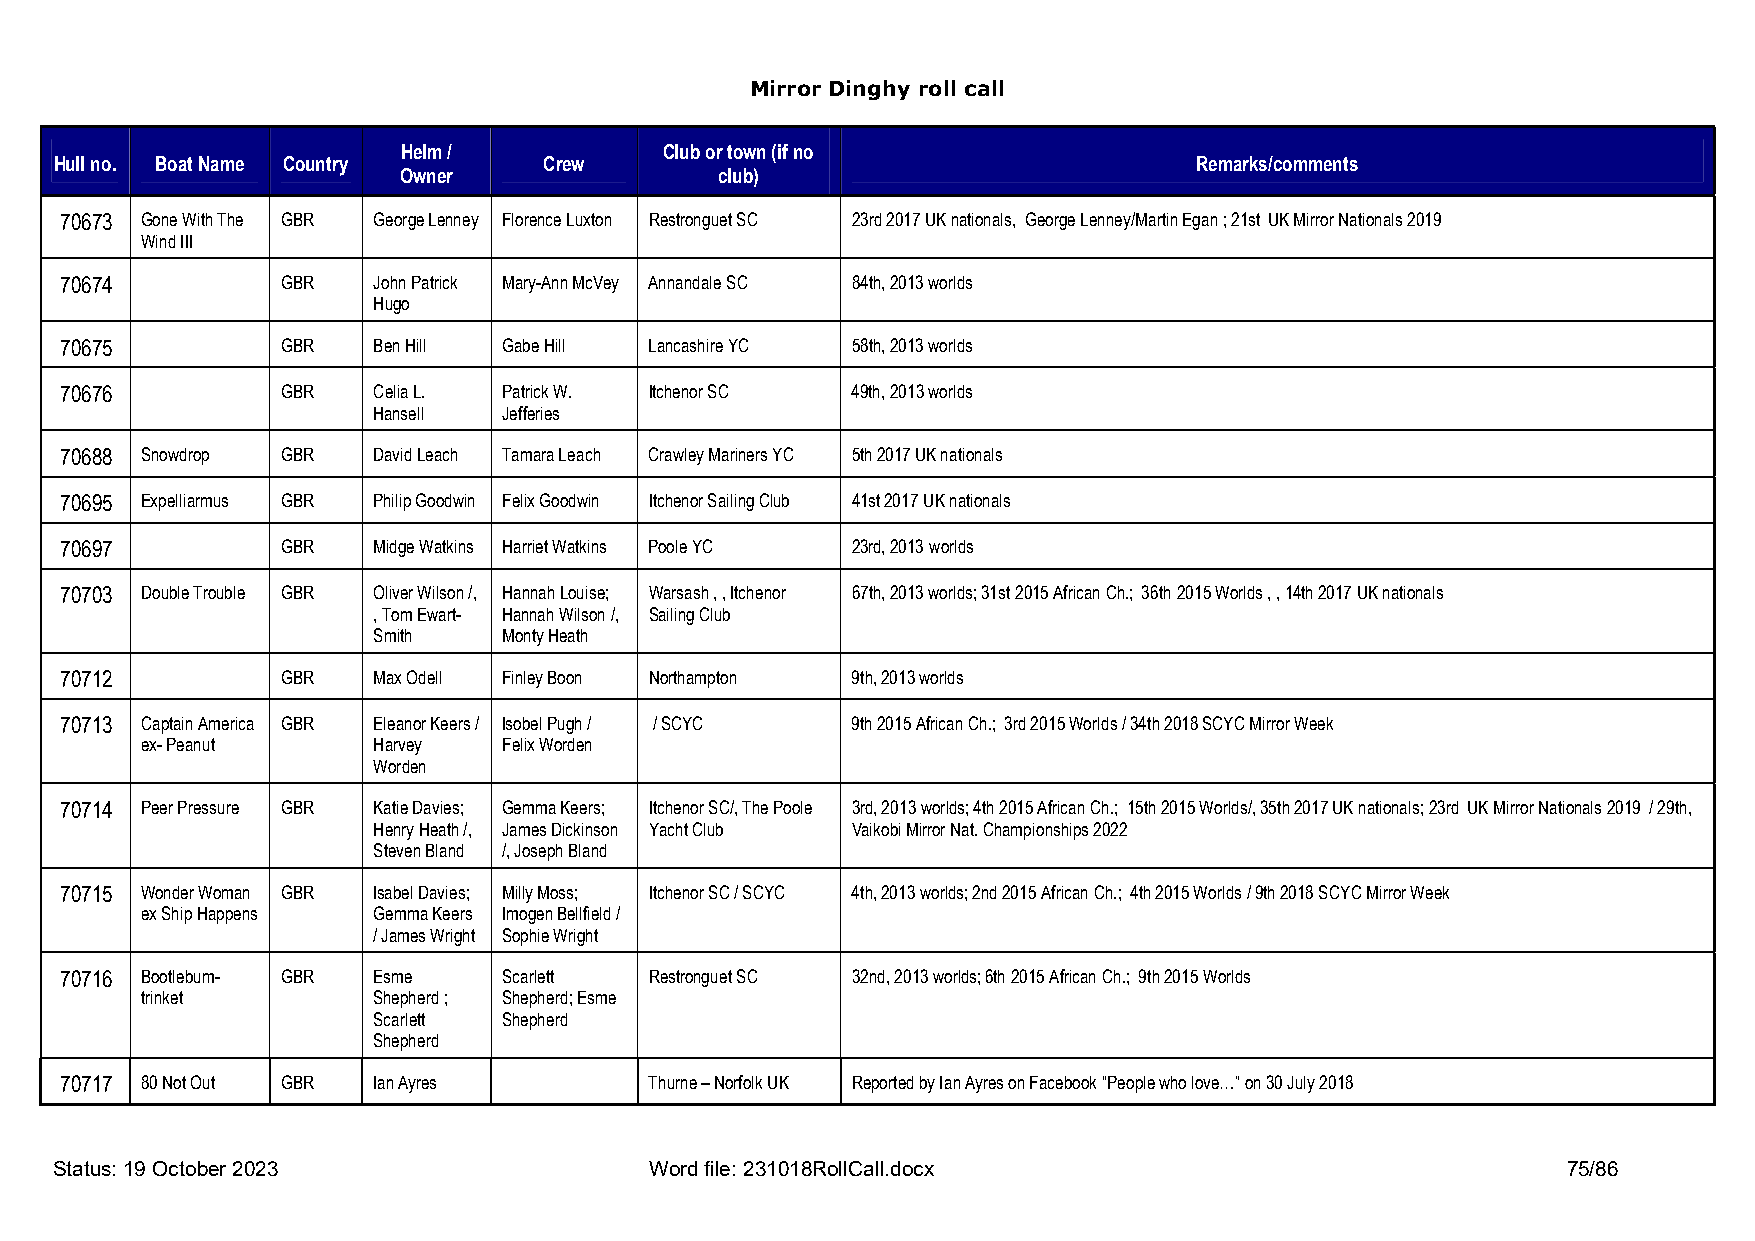
Mirror Dinghy roll call
 Helm /           Club or town (if no
 Hull no. Boat Name Country      Crew                                       Remarks/comments
 Owner                 club)
 70673 Gone With The GBR George Lenney Florence Luxton Restronguet SC 23rd 2017 UK nationals, George Lenney/Martin Egan ; 21st UK Mirror Nationals 2019
 Wind III
 70674          GBR   John Patrick Mary-Ann McVey Annandale SC 84th, 2013 worlds
 Hugo
 70675          GBR   Ben Hill Gabe Hill Lancashire YC 58th, 2013 worlds
 70676          GBR   Celia L. Patrick W. Itchenor SC 49th, 2013 worlds
 Hansell Jefferies
 70688 Snowdrop GBR   David Leach Tamara Leach Crawley Mariners YC 5th 2017 UK nationals
 70695 Expelliarmus GBR Philip Goodwin Felix Goodwin Itchenor Sailing Club 41st 2017 UK nationals
 70697          GBR   Midge Watkins Harriet Watkins Poole YC 23rd, 2013 worlds
 70703 Double Trouble GBR Oliver Wilson /, Hannah Louise; Warsash , , Itchenor 67th, 2013 worlds; 31st 2015 African Ch.; 36th 2015 Worlds , , 14th 2017 UK nationals
 , Tom Ewart- Hannah Wilson /, Sailing Club
 Smith   Monty Heath
 70712          GBR   Max Odell Finley Boon Northampton 9th, 2013 worlds
 70713 Captain America GBR Eleanor Keers / Isobel Pugh / / SCYC 9th 2015 African Ch.; 3rd 2015 Worlds / 34th 2018 SCYC Mirror Week
 ex- Peanut      Harvey  Felix Worden
 Worden
 70714 Peer Pressure GBR Katie Davies; Gemma Keers; Itchenor SC/, The Poole 3rd, 2013 worlds; 4th 2015 African Ch.; 15th 2015 Worlds/, 35th 2017 UK nationals; 23rd UK Mirror Nationals 2019 / 29th,
 Henry Heath /, James Dickinson Yacht Club Vaikobi Mirror Nat. Championships 2022
 Steven Bland /, Joseph Bland
 70715 Wonder Woman GBR Isabel Davies; Milly Moss; Itchenor SC / SCYC 4th, 2013 worlds; 2nd 2015 African Ch.; 4th 2015 Worlds / 9th 2018 SCYC Mirror Week
 ex Ship Happens Gemma Keers Imogen Bellfield /
 / James Wright Sophie Wright
 70716 Bootlebum- GBR Esme    Scarlett  Restronguet SC 32nd, 2013 worlds; 6th 2015 African Ch.; 9th 2015 Worlds
 trinket         Shepherd ; Shepherd; Esme
 Scarlett Shepherd
 Shepherd
 70717 80 Not Out GBR Ian Ayres         Thurne – Norfolk UK Reported by Ian Ayres on Facebook “People who love…” on 30 July 2018
 Status: 19 October 2023                Word file: 231018RollCall.docx                               75/86